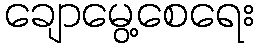
ချောမွေ့စေရေး